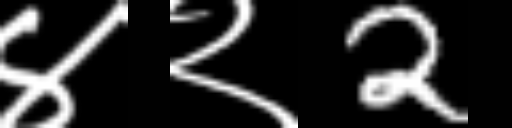
Text: ४२2